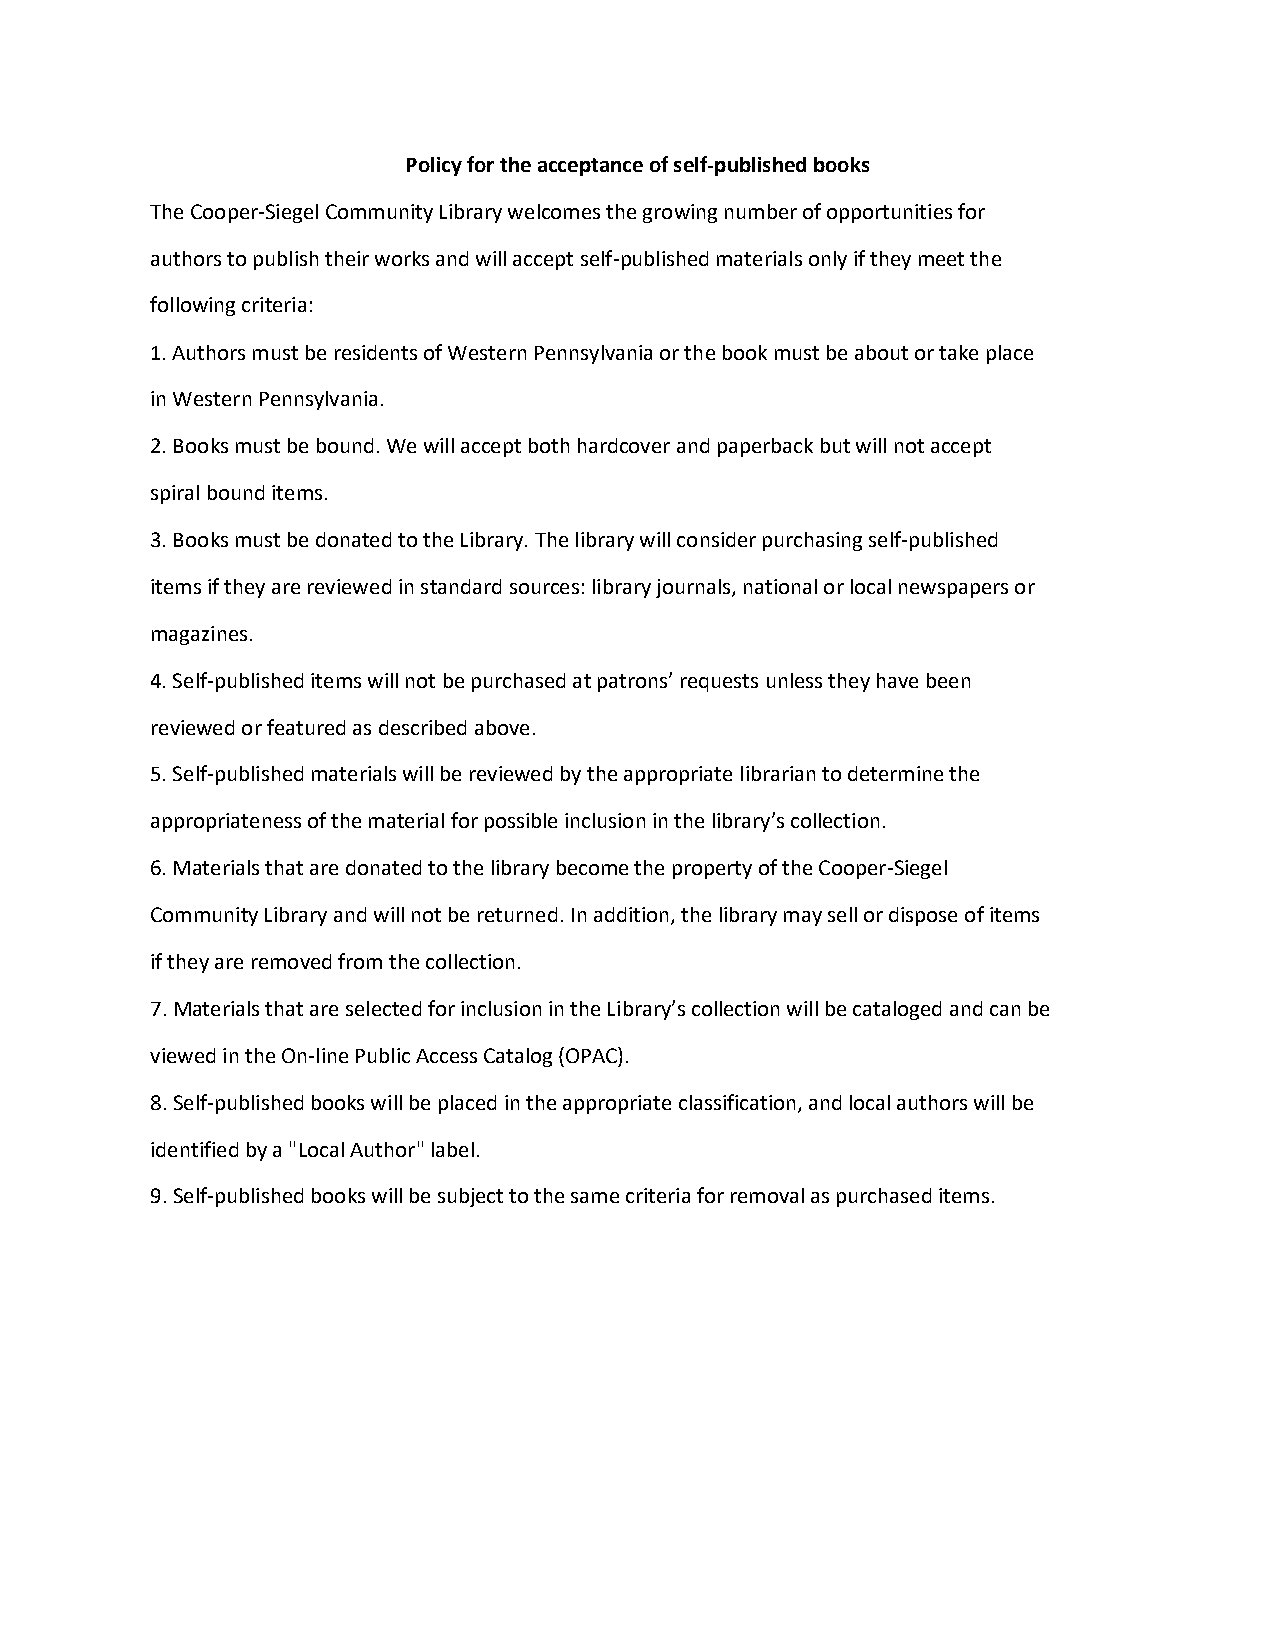
Policy for the acceptance of self-published books
 The Cooper-Siegel Community Library welcomes the growing number of opportunities for
 authors to publish their works and will accept self-published materials only if they meet the
 following criteria:
 1. Authors must be residents of Western Pennsylvania or the book must be about or take place
 in Western Pennsylvania.
 2. Books must be bound. We will accept both hardcover and paperback but will not accept
 spiral bound items.
 3. Books must be donated to the Library. The library will consider purchasing self-published
 items if they are reviewed in standard sources: library journals, national or local newspapers or
 magazines.
 4. Self-published items will not be purchased at patrons’ requests unless they have been
 reviewed or featured as described above.
 5. Self-published materials will be reviewed by the appropriate librarian to determine the
 appropriateness of the material for possible inclusion in the library’s collection.
 6. Materials that are donated to the library become the property of the Cooper-Siegel
 Community Library and will not be returned. In addition, the library may sell or dispose of items
 if they are removed from the collection.
 7. Materials that are selected for inclusion in the Library’s collection will be cataloged and can be
 viewed in the On-line Public Access Catalog (OPAC).
 8. Self-published books will be placed in the appropriate classification, and local authors will be
 identified by a "Local Author" label.
 9. Self-published books will be subject to the same criteria for removal as purchased items.